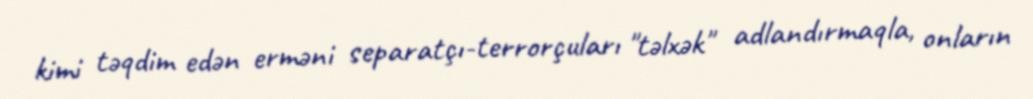
kimi təqdim edən erməni separatçı-terrorçuları "təlxək" adlandırmaqla, onların